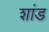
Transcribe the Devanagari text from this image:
शांड